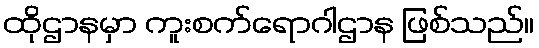
ထိုဌာနမှာ ကူးစက်ရောဂါဌာန ဖြစ်သည်။